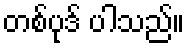
တစ်ပုဒ် ပါသည်။